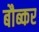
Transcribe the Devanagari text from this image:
बौब्कर